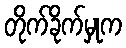
တိုက်ခိုက်မှုက